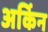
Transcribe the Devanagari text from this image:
अर्किन